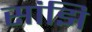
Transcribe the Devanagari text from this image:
सांझि